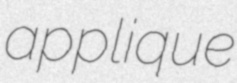
applique